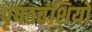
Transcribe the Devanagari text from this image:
पृषठवंशियों